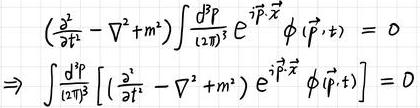
\[
\begin{align*}
\left(\frac{\partial^{2}}{\partial t^{2}}-\nabla^{2}+m^{2}\right)\int\frac{\mathrm{d}^{3}p}{(2\pi)^{3}}e^{i\vec{p}\cdot\vec{x}}\phi(\vec{p},t)&=0\\
\Rightarrow\int\frac{\mathrm{d}^{3}p}{(2\pi)^{3}}\left[\left(\frac{\partial^{2}}{\partial t^{2}}-\nabla^{2}+m^{2}\right)e^{i\vec{p}\cdot\vec{x}}\phi(\vec{p},t)\right]&=0
\end{align*}
\]